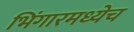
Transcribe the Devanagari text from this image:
भिंगारमध्येच